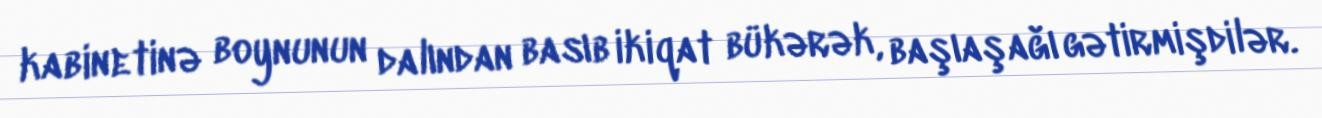
kabinetinə boynunun dalından basıb ikiqat bükərək, başıaşağı gətirmişdilər.